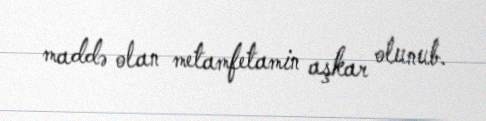
maddə olan metamfetamin aşkar olunub.